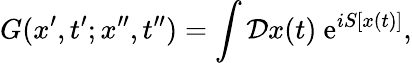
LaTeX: G(x^{\prime},t^{\prime};x^{\prime\prime},t^{\prime\prime})=\int{\cal D}x(t)\ \mathrm{e}^{iS[x(t)]},